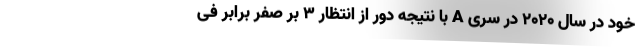
خود در سال ۲۰۲۰ در سری A با نتیجه دور از انتظار ۳ بر صفر برابر فی